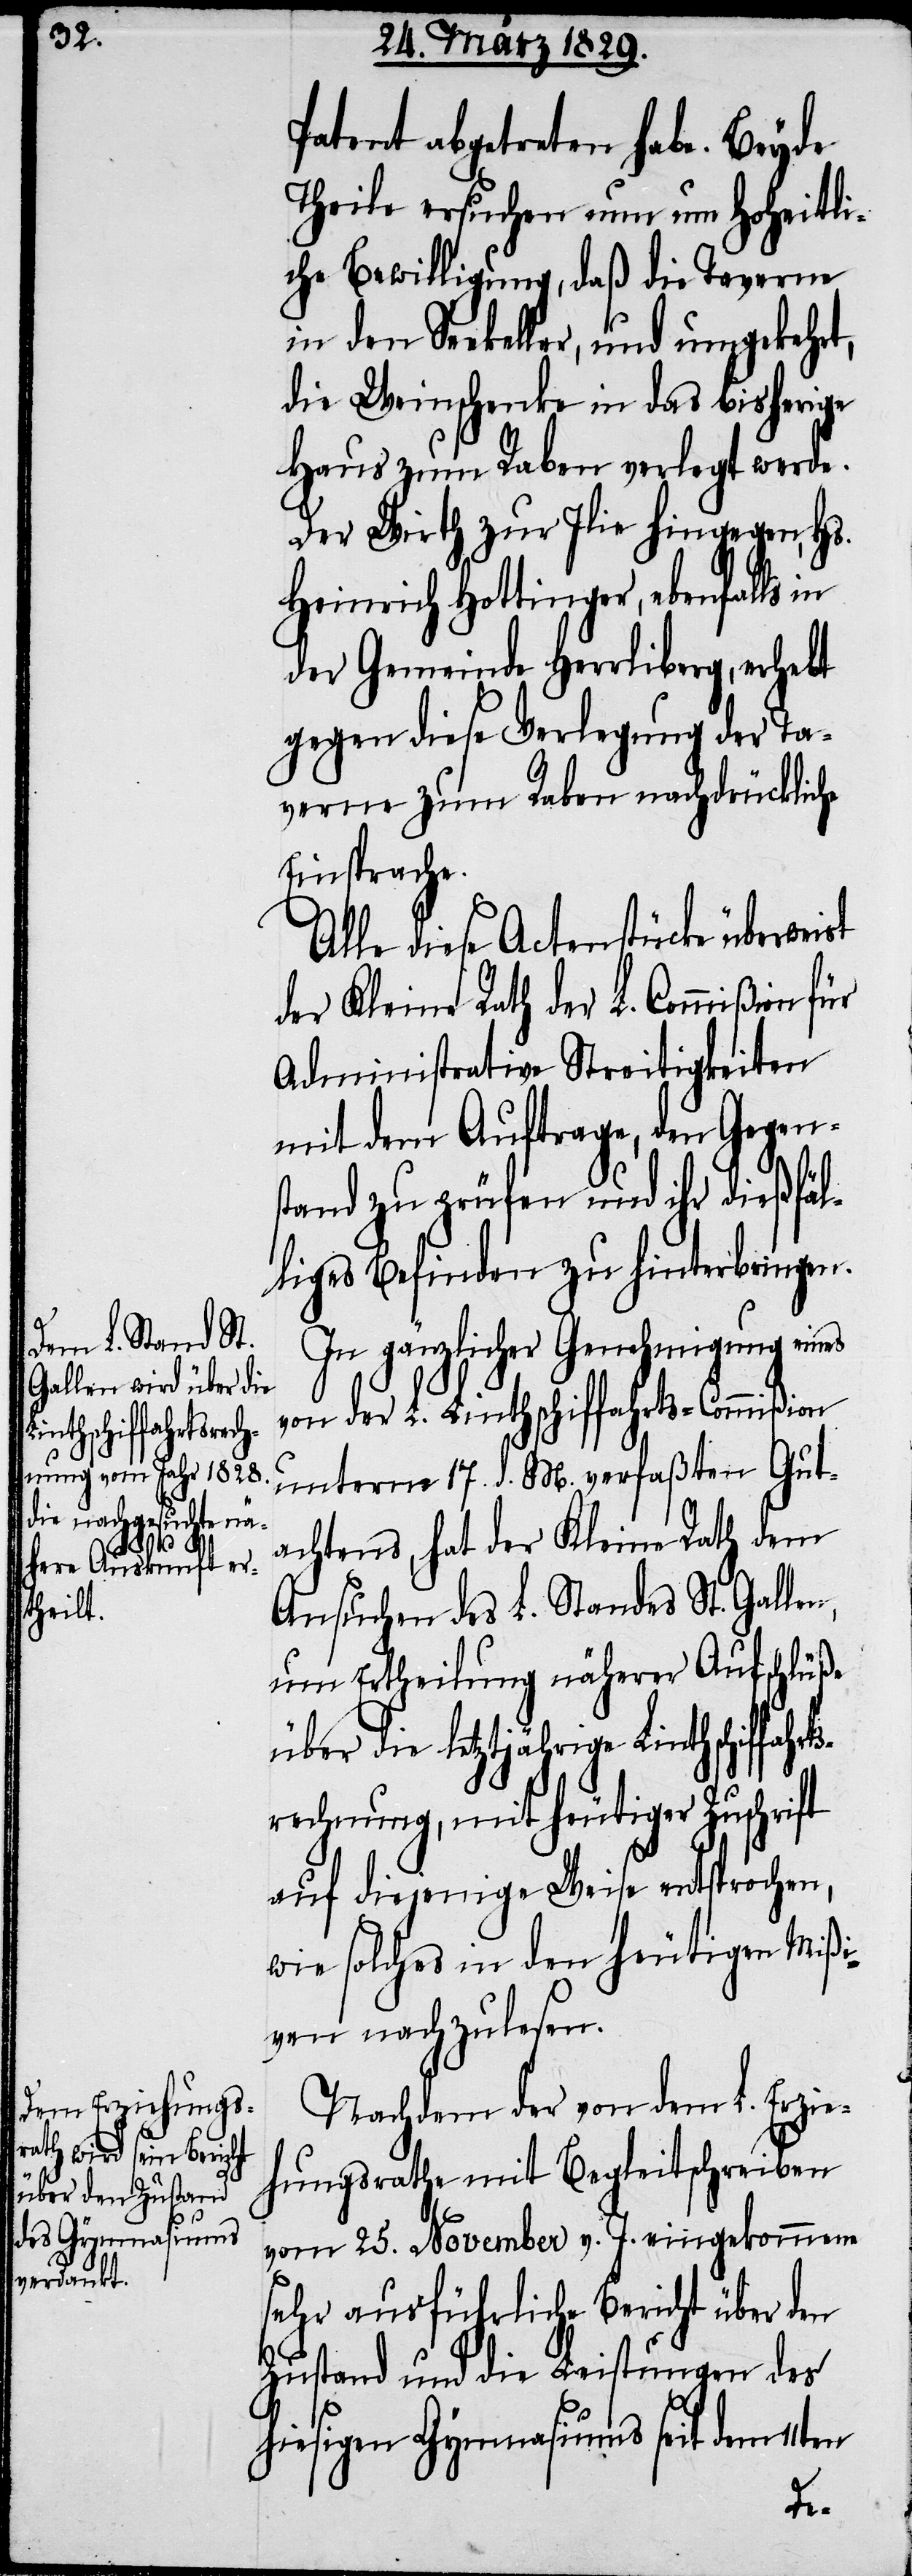
Patent abgetreten habe. Beyde
Theile ersuchen nun um Hoheitli¬
che Bewilligung, daß die Taverne
in den Seekeller, und umgekehrt,
die Weinschenke in das bisherige
Haus zum Raben verlegt werde.
Der Wirth zur Ilie hingegen, Hs.
Heinrich Hottinger, ebenfalls in
der Gemeinde Herrliberg, erhebt
gegen diese Verlegung der Ta¬
verne zum Raben nachdrücklich
Einsprache.
Alle diese Actenstücke überweist
der Kleine Rath der L. Commißion für
Administrative Streitigkeiten
mit dem Auftrage, den Gegen¬
stand zu prüfen und ihr dießfäl¬
liges Befinden zu hinterbringen.
In gänzlicher Genehmigung eines
von der L. Linthschiffahrts-Commißion
unterm 17. d. M. verfaßten Gut¬
achtens, hat der Kleine Rath dem
Ansuchen des L. Standes St. Gallen,
um Ertheilung näherer Aufschlüße
über die letztjährige Linthschiffahrt¬
srechnung, mit heutiger Zuschrift
auf diejenige Weise entsprochen,
wie solches in den heutigen Mißi¬
ven nachzulesen.
Nachdem der von dem L. Erzie¬
hungsrathe mit Begleitschreiben
vom 25. November v. J. eingekommene
sehr ausführliche Bericht über den
Zustand und die Leistungen des
hiesigen Gymnasiums seit dem 11ten